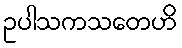
ဥပါသကသတေဟိ